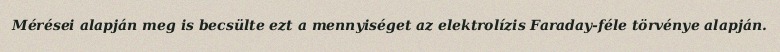
Mérései alapján meg is becsülte ezt a mennyiséget az elektrolízis Faraday-féle törvénye alapján.